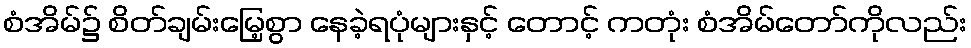
စံအိမ်၌ စိတ်ချမ်းမြေ့စွာ နေခဲ့ရပုံများနှင့် တောင့် ကတုံး စံအိမ်တော်ကိုလည်း